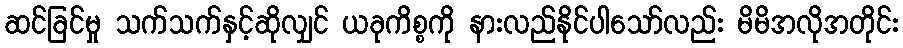
ဆင်ခြင်မှု သက်သက်နှင့်ဆိုလျှင် ယခုကိစ္စကို နားလည်နိုင်ပါသော်လည်း မိမိအလိုအတိုင်း